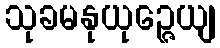
သုခမနုယုဉ္ဇေယျ